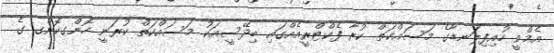
އެމްވީ ހުއިފިލަނޑާގެ މަސައްކަތް ކުރާ ފެކްޓްރީއެއްގައި ބިދޭސީއަކު މަސައްކަތް ކުރަނީ ހޮންގކޮންގ ގެ